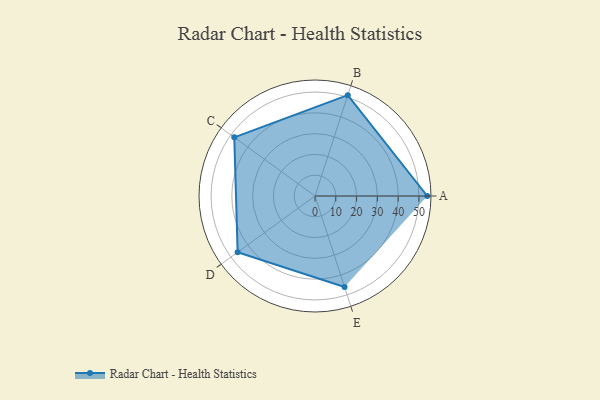
{"axis": {"x": "Skill", "y": "Score"}, "legend": ["Profile"], "data": [{"x": "A", "y": 54.0, "type": "Profile"}, {"x": "B", "y": 51.0, "type": "Profile"}, {"x": "C", "y": 48.0, "type": "Profile"}, {"x": "D", "y": 46.0, "type": "Profile"}, {"x": "E", "y": 46.0, "type": "Profile"}]}